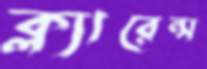
ক্ল্যারেন্স